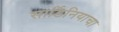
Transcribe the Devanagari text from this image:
सार्डिनियाचा